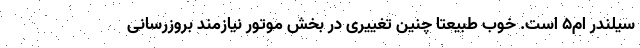
سیلندر ام5 است. خوب طبیعتا چنین تغییری در بخش موتور نیازمند بروزرسانی